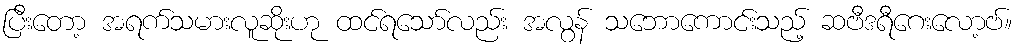
ပြီးတော့ အရက်သမားလူဆိုးဟု ထင်ရသော်လည်း အလွန် သဘောကောင်းသည့် ဆဗီဒရီဂေးလော့ဗ်။